Report of the Indian Hemp Drugs Commission, 1894-1895 - Volume V
Year: 1894
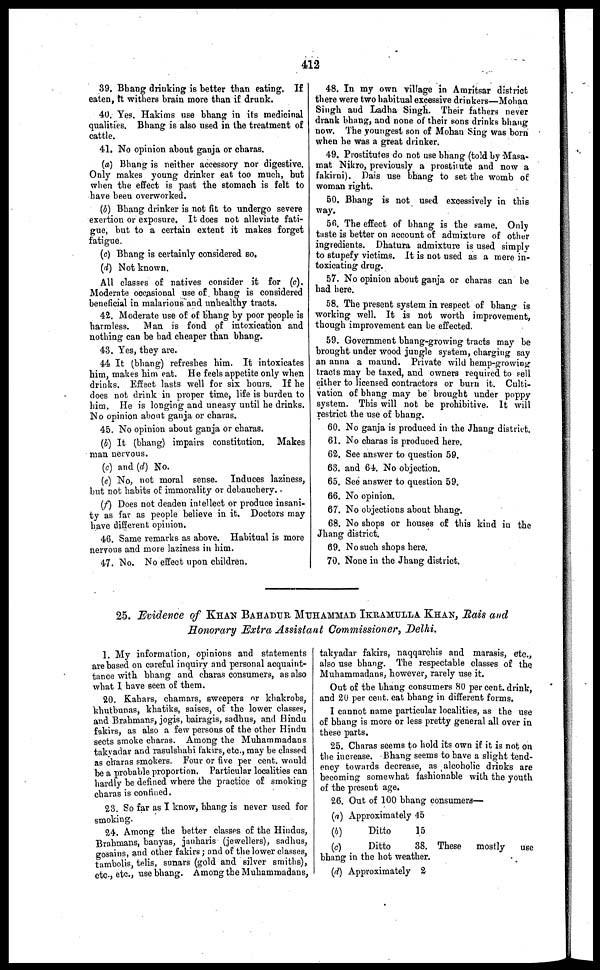
412
39. Bhang drinking is better than eating. If
eaten, it withers brain more than if drunk.
40. Yes. Hakims use bhang in its medicinal
qualities. Bhang is also used in the treatment of
cattle.
41. No opinion about ganja or charas.
(a) Bhang is neither accessory nor digestive.
Only makes young drinker eat too much, but
when the effect is past the stomach is felt to
have been overworked.
(b) Bhang drinker is not fit to undergo severe
exertion or exposure. It does not alleviate fati-
gue, but to a certain extent it makes forget
fatigue.
(c) Bhang is certainly considered so,
(d) Not known.
All classes of natives consider it for (c).
Moderate occasional use of bhang is considered
beneficial in malarious and unhealthy tracts.
42. Moderate use of of bhang by poor people is
harmless. Man is fond of intoxication and
nothing can be had cheaper than bhang.
43. Yes, they are.
44 It (bhang) refreshes him. It intoxicates
him, makes him eat. He feels appetite only when
drinks. Effect lasts well for six hours. If he
does not drink in proper time, life is burden to
him. He is longing and uneasy until he drinks.
No opinion about ganja or charas.
45. No opinion about ganja or charas.
(b) It (bhang) impairs constitution. Makes
man uervous.
(c) and (d) No.
(c) No, not moral sense. Induces laziness,
but not habits of immorality or debauchery.
(f) Does not deaden intellect or produce insani-
ty as far as people believe in it. Doctors may
have different opinion.
46. Same remarks as above. Habitual is more
nervous and more laziness in him.
47. No. No effect upon children.
48. In my own village in Amritsar district
there were two habitual excessive drinkers—Mohan
Singh and Ladha Singh. Their fathers never
drank bhang, and none of their sons drinks bhang
now. The youngest son of Mohan Sing was born
when he was a great drinker.
49. Prostitutes do not use bhang (told by Masa-
mat Nikro, previously a prostitute and now a
fakirni). Dais use bhang to set the womb of
woman right.
50. Bhang is not used excessively in this
way.
56. The effect of bhang is the same. Only
taste is better on account of admixture of other
ingredients. Dhatura admixture is used simply
to stupefy victims. It is not used as a mere in-
toxicating drug.
57. No opinion about ganja or charas can be
had here.
58. The present system in respect of bhang is
working well. It is not worth improvement,
though improvement can be effected.
59. Government bhang-growing tracts may be
brought under wood jungle system, charging say
an anna a maund. Private wild hemp-growing
tracts may be taxed, and owners required to sell
either to licensed contractors or burn it. Culti-
vation of bhang may be brought under poppy
system. This will not be prohibitive. It will
restrict the use of bhang.
60. No ganja is produced in the Jhang district.
61. No charas is produced here.
62. See answer to question 59.
63. and 64. No objection.
65. See answer to question 59.
66. No opinion.
67. No objections about bhang.
68. No shops or houses of this kind in the
Jhang district.
69. No such shops here.
70. None in the Jhang district.
25. Evidence of KHAN BAHADUR MUHAMMAD IKRIMULLA KHAN , Rais and
Honorary Extra Assistant Commissioner, Delhi.
1. My information, opinions and statements
are based on careful inquiry and personal acquaint-
-ance with bhang and charas consumers, as also
what 1 have seen of them.
20. Kahars, chamars, sweepers or khakrobs,
khutbunas, khatiks, saises, of the lower classes,
and Brahmans, jogis, bairagis, sadhus, and Hindu
fakirs, as also a few persons of the other Hindu
sects smoke charas. Among the Muhammadans
takvadar and rasulshahi fakirs, etc., may be classed
as charas smokers. Four or five per cent. would
be a probable proportion. Particular localities can
hardly be defined where the practice of smoking
charas is confined.
23. So far as I know, bhang is never used for
smoking.
24. Among the better classes of the Hindus,
Brahmans, banyas, janharis (jewellers), sadhus,
gosains, and other fakirs; and of the lower classes,
tambolis, telis, sunars (gold and silver smiths),
etc., etc., use bhang. Among the Muhammadans,
takyadar fakirs, naqqarchis and marasis, etc.,
also use bhang. The respectable classes of the
Muhammadans, however, rarely use it.
Out of the bhang consumers 80 per cent. drink,
and 20 per cent. eat bhang in different forms.
I cannot name particular localities, as the use
of bhang is more or less pretty general all over in
these parts.
25. Charas seems to hold its own if it is not on
the increase. Bhang seems to have a slight tend-
ency towards decrease, as alcoholic drinks are
becoming somewhat fashionable with the youth
of the present age.
26. Out of 100 bhang consumers—
(a) Approximately 45
(b)
Ditto
15
(c)
Ditto
38. These
mostly
use
bhang in the hot weather.
(d) Approximately 2